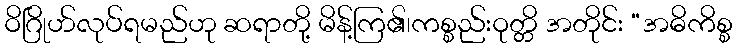
ဝိဂြိုဟ်လုပ်ရမည်ဟု ဆရာတို့ မိန့်ကြ၏၊ကစ္စည်းဝုတ္တိ အတိုင်း “အဓိကိစ္စ